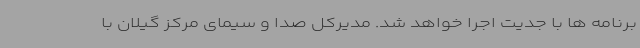
برنامه ها با جدیت اجرا خواهد شد. مدیرکل صدا و سیمای مرکز گیلان با